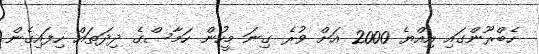
ހެބްރޫންގައި އިއްޔެ 2000 އަށް ވުރެ ގިނަ މީހުން ހަމާސްގެ ދިދަތައް ހިފައިގެން